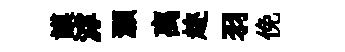
謨滹灝离趂羽俛